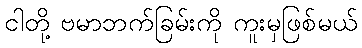
ငါတို့ ဗမာဘက်ခြမ်းကို ကူးမှဖြစ်မယ်